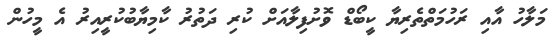
މަލާހު އާއި ރަހުމަތްތެރިޔާ ކީބޯޑް ވޮށުފިލާއަށް ކުރި ދަތުރު ކާމިޔާބުކުރީއިރު އެ މީހުން